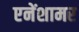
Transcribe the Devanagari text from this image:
एनेंशामर